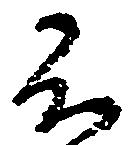
不